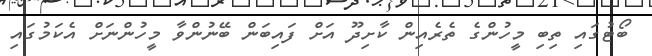
ބޯޓުގައި ތިބި މީހުންގެ ތެރެއިން ކާށިދޫ އަށް ފައިބަން ބޭނުންވާ މީހުންނަށް އެކަމުގައި